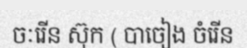
ចៈរើន ស៊ុក ( បាចៀង ចំរើន